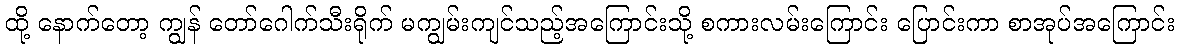
ထို့ နောက်တော့ ကျွန် တော်ဂေါက်သီးရိုက် မကျွမ်းကျင်သည့်အကြောင်းသို့ စကားလမ်းကြောင်း ပြောင်းကာ စာအုပ်အကြောင်း